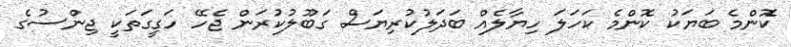
ކޮންމެ ބަޔަކު ކޮންމެ ކަހަލަ ހިޔާލެއް ބަދަލުކުރިޔަސް ގަބޫލުކުރަން ޖެހޭ ހަގީގަތަކީ ޖިންސުގެ